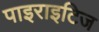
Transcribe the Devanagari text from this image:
पाइराइटिज